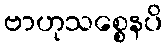
ဗာဟုသစ္စေနပိ